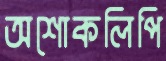
অশোকলিপি